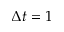
\Delta t = 1